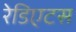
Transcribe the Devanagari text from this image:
रेडिएटस